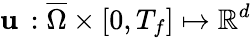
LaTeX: \textbf{u}\, :\overline{{\Omega}}\times[0,T_{f}]\mapsto\mathbb{R}^{d}